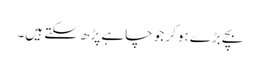
بچے بڑے ہوکر جو چاہے پڑھ سکتے ہیں۔